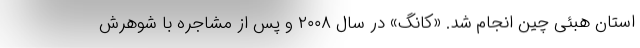
استان هبئی چین انجام شد. «کانگ» در سال ۲۰۰۸ و پس از مشاجره با شوهرش